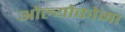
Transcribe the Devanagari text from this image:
ओल्योकोमा